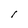
Character: l